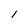
Character: l